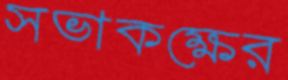
সভাকক্ষের